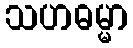
သဟဓမ္မာ